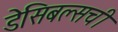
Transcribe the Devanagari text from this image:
डेसिबल्सची